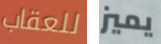
للعقاب يميز